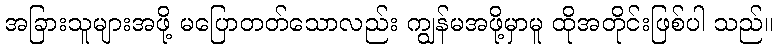
အခြားသူများအဖို့ မပြောတတ်သောလည်း ကျွန်မအဖို့မှာမူ ထိုအတိုင်းဖြစ်ပါ သည်။